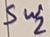
Text: Sw2